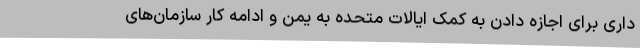
داری برای اجازه دادن به کمک ایالات متحده به یمن و ادامه کار سازمان‌های